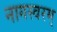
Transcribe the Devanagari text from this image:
नागस्वरम्